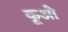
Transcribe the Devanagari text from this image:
कूओ